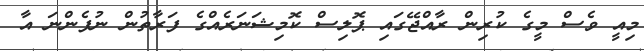
މިއީ ވެސް މީގެ ކުރިން ރާއްޖޭގައި ޕޮލިސް ކޮމިޝަނަރެއްގެ ފަރާތުން ނުފެންނަ އާ